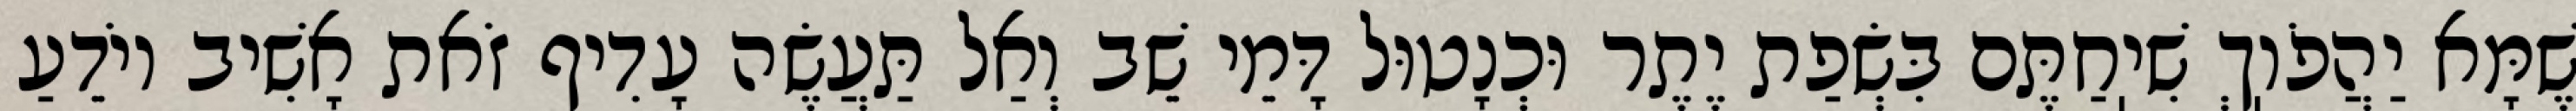
שֶׁמָּא יַהֲפֹוֽךְ שִׁיֽחַתֶּם בִּשְׂפַת יֶתֶר וּכְנָטוּל דָּמֵי שֵׁב וְאַל תַּעֲשֶׂה עָדִיף זֹאת אָשִׁיב יוֹדֵעַ